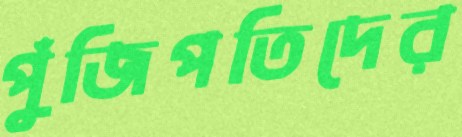
পুঁজিপতিদের